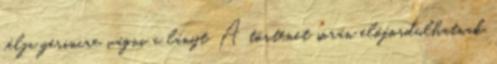
célja gerincre vágni a lányt. A történet során előfordulhatnak